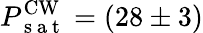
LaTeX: P_{\mathrm{~s~a~t~}}^{\mathrm{CW}}=(28\pm 3)